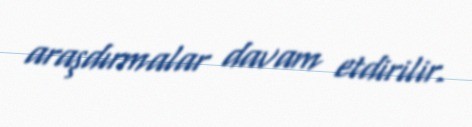
araşdırmalar davam etdirilir.